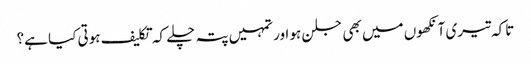
تاکہ تیری آنکھوں میں بھی جلن ہو اور تمہیں پتہ چلے کہ تکلیف ہوتی کیا ہے؟